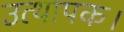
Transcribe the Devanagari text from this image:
उत्थापक।